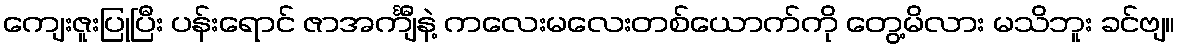
ကျေးဇူးပြုပြီး ပန်းရောင် ဇာအင်္ကျီနဲ့ ကလေးမလေးတစ်ယောက်ကို တွေ့မိလား မသိဘူး ခင်ဗျ။